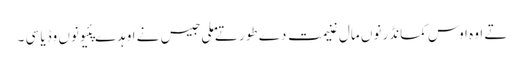
تے اوہ اوس کمانڈر نوں مال غنیمت دے طور تے ملی جیس نے اوہدے پئیو نوں وڈیا سی ۔